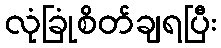
လုံခြုံစိတ်ချရပြီး